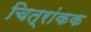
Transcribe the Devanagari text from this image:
चित्रांकक